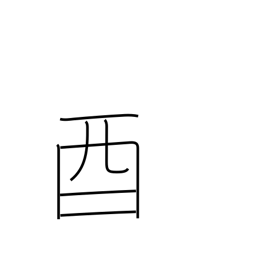
Meaning: 5-7PM